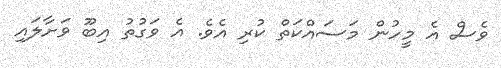
ވެސް އެ މީހުން މަސައްކަތް ކުރި އެވެ. އެ ވަގުތު އިބޫ ވަށާލައި